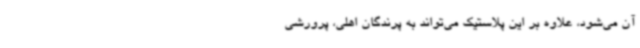
آن می‌شود، علاوه بر این پلاستیک می‌تواند به ‌پرندگان اهلی، ‌پرورشی